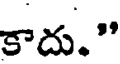
కాదు."